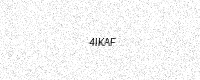
Text: 4IKAF